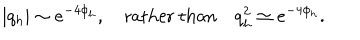
| q _ { h } | \sim e ^ { - 4 \phi _ { h } } , \quad \mathrm { r a t h e r ~ t h a n } \quad q _ { h } ^ { 2 } \simeq e ^ { - 4 \phi _ { h } } .